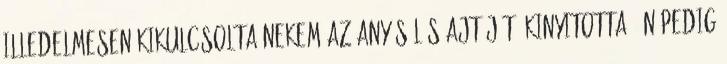
Illedelmesen kikulcsolta nekem az anyósülés ajtóját, kinyitotta, én pedig